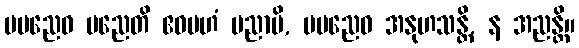
မမညေဝ မညေတိ ဧဝမဟံ မညာမိ, မမညေဝ အနုဟသန္တိ, န အညန္တိ။